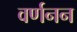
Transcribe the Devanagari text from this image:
वर्णनन